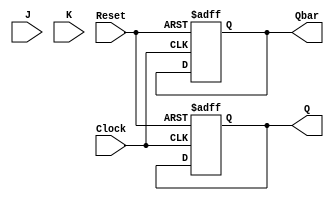
module neg_edge_jk_ff (
    input J,       // J data input
    input K,       // K data input
    input Clock,   // Clock input
    input Reset,   // Reset input
    output reg Q,  // Q output
    output reg Qbar // Qbar output
);

always @(posedge Clock or posedge Reset) begin
    if (Reset) begin
        Q <= 1'b0;
        Qbar <= 1'b1;
    end else begin
        if (!Clock) begin
            if (J && !K) begin
                Q <= 1'b1;
                Qbar <= 1'b0;
            end else if (!J && K) begin
                Q <= 1'b0;
                Qbar <= 1'b1;
            end else if (J && K) begin
                Q <= ~Q;
                Qbar <= ~Qbar;
            end
        end
    end
end

endmodule